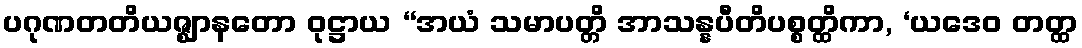
ပဂုဏတတိယဇ္ဈာနတော ဝုဋ္ဌာယ “အယံ သမာပတ္တိ အာသန္နပီတိပစ္စတ္ထိကာ, ‘ယဒေဝ တတ္ထ